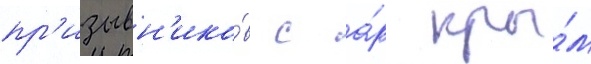
пр'изывн'ико́в с а́р кры́м